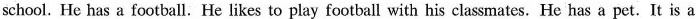
school. He has a football. He likes to play football with his classmates. He has a pet. It is a